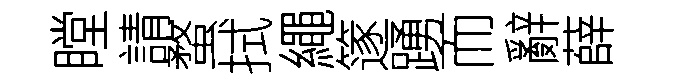
瞠請蝥拭繩篴踴而辭薛